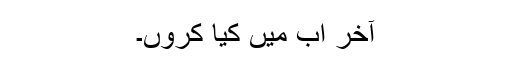
آخر اب میں کیا کروں۔